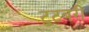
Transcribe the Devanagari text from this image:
टुटबरी